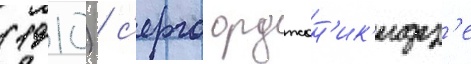
(1910) / с'ерго орджон'ик'идз'е